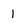
Character: I